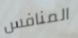
المنافس